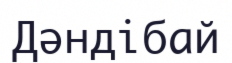
Дәндібай